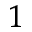
^ 1